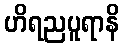
ဟိရညပူရာနိ